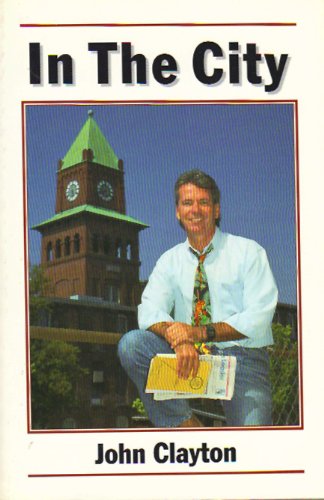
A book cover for In The City; John Clayton; Travel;